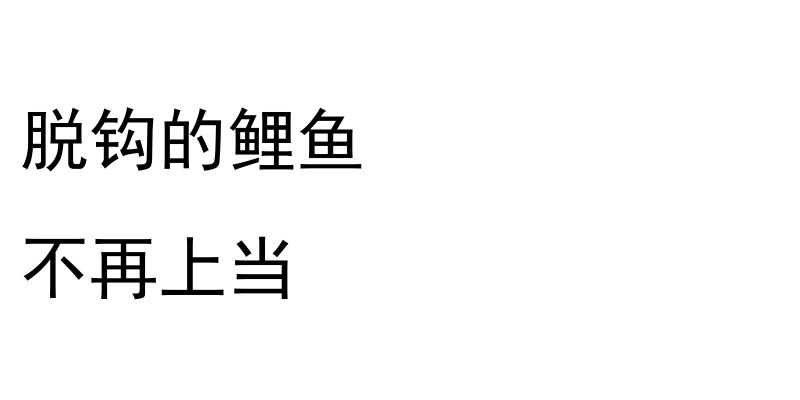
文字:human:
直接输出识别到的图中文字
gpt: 脱钩的鲤鱼 不再上当